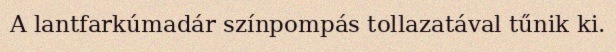
A lantfarkúmadár színpompás tollazatával tűnik ki.